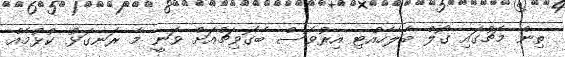
ތިން މެޗުގައި ގޯލް ބެލެހެއްޓި އިރުވެސް ބެގޮވިޗްއަށް ވަނީ މާ ރަނގަޅު ކުޅުމެއް